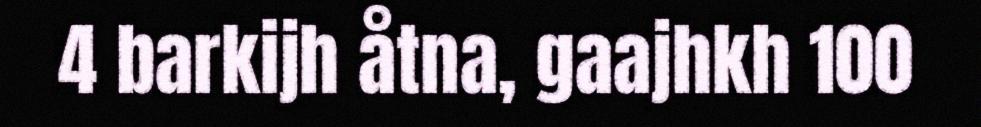
4 barkijh åtna, gaajhkh 100